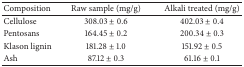
| Composition | Raw sample (mg/g) | Alkali treated (mg/g) |
 | --- | --- | --- |
 | Cellulose | 308.03 ± 0.6 | 402.03 ± 0.4 |
 | Pentosans | 164.45 ± 0.2 | 200.34 ± 0.3 |
 | Klason lignin | 181.28 ± 1.0 | 151.92 ± 0.5 |
 | Ash | 87.12 ± 0.3 | 61.16 ± 0.1 |